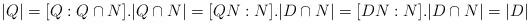
LaTeX: \begin{align*}|Q|=[Q:Q\cap N].|Q\cap N|=[QN:N].|D\cap N|=[DN:N].|D\cap N|=|D|\end{align*}